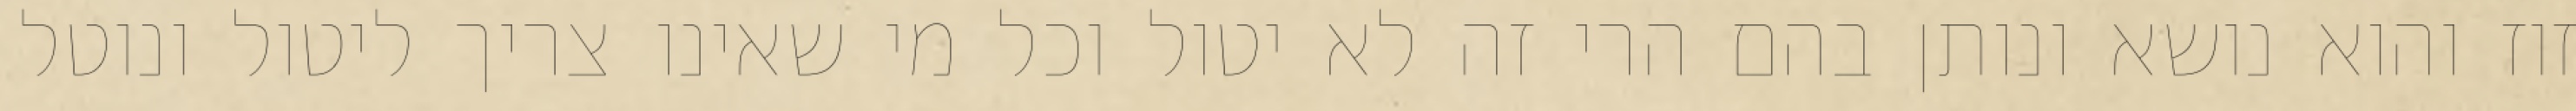
זוז והוא נושא ונותן בהם הרי זה לא יטול וכל מי שאינו צריך ליטול ונוטל